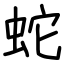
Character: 蛇